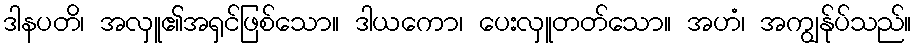
ဒါနပတိ၊ အလှူ၏အရှင်ဖြစ်သော။ ဒါယကော၊ ပေးလှူတတ်သော။ အဟံ၊ အကျွန်ုပ်သည်။